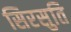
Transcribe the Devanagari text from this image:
सिरसुति